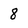
Character: 8